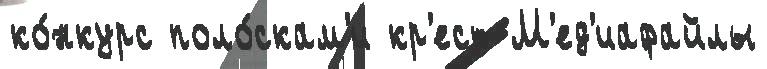
ко́нкурс поло́скам'и кр'ест М'ед'иафайлы